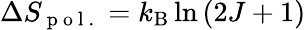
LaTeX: \Delta S_{\mathrm{~p~o~l~.~}}=k_{\mathrm{B}}\ln{(2J+1)}